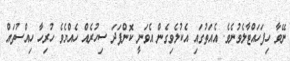
ނޭވާ ހިފަހައްޓާލެވުނެވެ. އެއަތުގައި އެކުލެވިގެން އެވަނީ ކޮންފަދަ ސިހުރެއް ހެއްޔެވެ ހުރިހާ ހިއްސުތައް